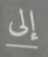
إلى